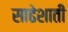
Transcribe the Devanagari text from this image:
साढेशाती